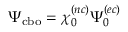
\Psi _ { \mathrm { c b o } } = \chi _ { 0 } ^ { ( n c ) } \Psi _ { 0 } ^ { ( e c ) }